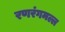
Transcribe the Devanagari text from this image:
रणरंगमल्ल